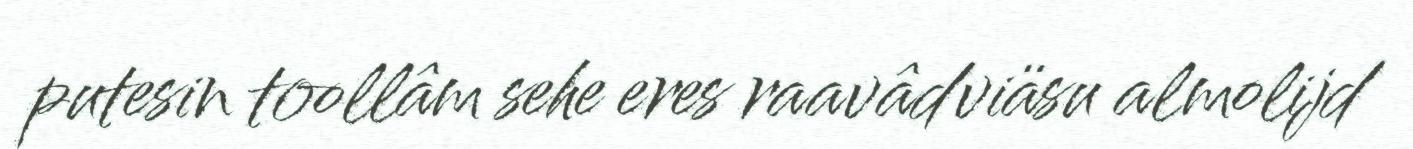
putesin toollâm sehe eres raavâdviäsu almolijd